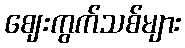
ဈေးကွက်သစ်များ